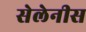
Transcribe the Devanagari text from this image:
सेलेनीस